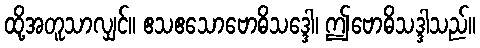
ထို့အတူသာလျှင်။ ဧသဧသောဗောဓိသဒ္ဒေါ၊ ဤဗောဓိသဒ္ဒါသည်။